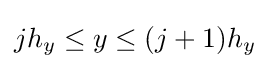
jh_{y}\leq y\leq (j+1)h_{y}